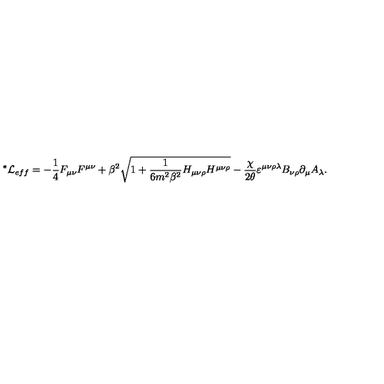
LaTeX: { \mathrm { } ^ { * } \mathcal { L } } _ { e f f } = - \frac { 1 } { 4 } F _ { \mu \nu } F ^ { \mu \nu } + \beta ^ { 2 } \sqrt { 1 + \frac { 1 } { 6 m ^ { 2 } \beta ^ { 2 } } H _ { \mu \nu \rho } H ^ { \mu \nu \rho } } - \frac { \chi } { 2 \theta } \varepsilon ^ { \mu \nu \rho \lambda } B _ { \nu \rho } \partial _ { \mu } A _ { \lambda } .